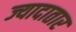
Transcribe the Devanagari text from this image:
ज्यादातार